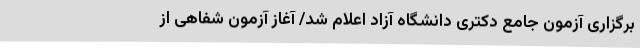
برگزاری آزمون جامع دکتری دانشگاه آزاد اعلام شد/ آغاز آزمون شفاهی از